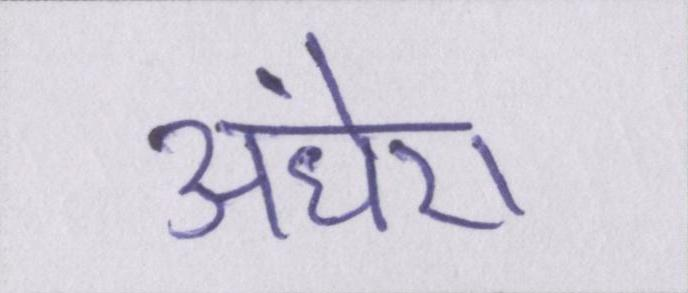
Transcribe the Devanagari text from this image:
अंधेरा